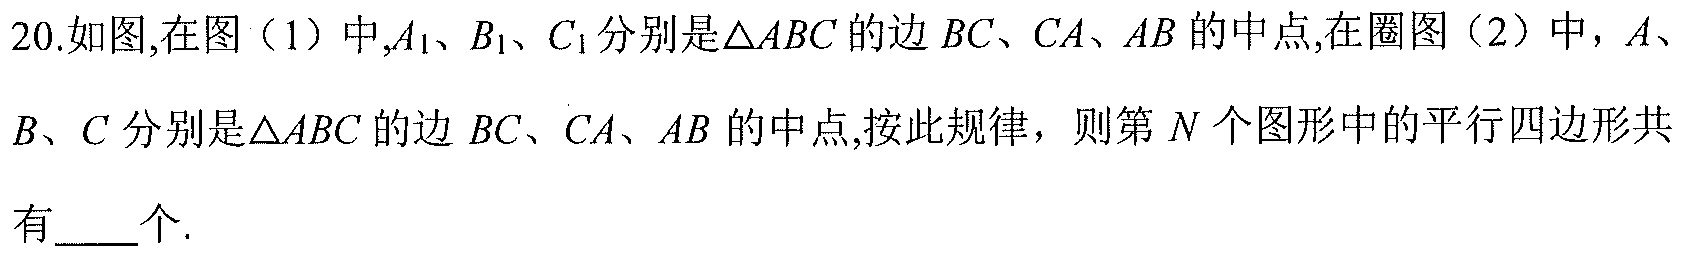
20.如图,在图（1）中,\(A_{1}、B_{1}、C_{1}\)分别是\(\triangle ABC\)的边\(BC、CA、AB\)的中点,在圈图（2）中，\(A_{2}、B_{2}、C_{2}\)分别是\(\triangle A_{1}B_{1}C_{1}\)的边\(B_{1}C_{1}、C_{1}A_{1}、A_{1}B_{1}\)的中点,按此规律，则第\(N\)个图形中的平行四边形共有____个.